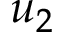
u _ { 2 }